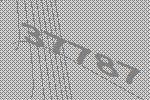
37787